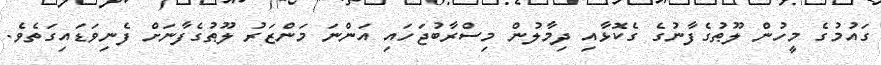
ގައުމުގެ މީހުން ލޫޠުގެފާނުގެ ގެކޮޅާއި ދިމާލުން މިސްރާބުޖަހައި އަންނަ މަންޒަރު ލޫޠުގެފާނަށް ފެނިވަޑައިގަތެވެ.